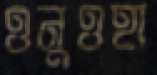
ওনুওহা